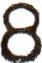
8